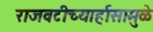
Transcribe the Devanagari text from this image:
राजवटीच्यार्हासामुळे